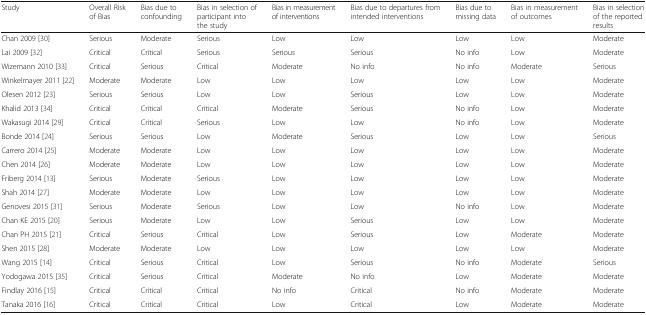
| Study | Overall Risk of Bias | Bias due to confounding | Bias in selection of participant into the study | Bias in measurement of interventions | Bias due to departures from intended interventions | Bias due to missing data | Bias in measurement of outcomes | Bias in selection of the reported results |
 | --- | --- | --- | --- | --- | --- | --- | --- | --- |
 | Chan 2009 [30] | Serious | Moderate | Serious | Low | Low | Low | Low | Moderate |
 | Lai 2009 [32] | Critical | Critical | Serious | Serious | Serious | No info | Low | Moderate |
 | Wizemann 2010 [33] | Critical | Serious | Critical | Moderate | No info | No info | Moderate | Serious |
 | Winkelmayer 2011 [22] | Moderate | Moderate | Low | Low | Low | Low | Low | Moderate |
 | Olesen 2012 [23] | Serious | Serious | Low | Low | Serious | Low | Low | Moderate |
 | Khalid 2013 [34] | Critical | Critical | Critical | Moderate | Serious | No info | Low | Moderate |
 | Wakasugi 2014 [29] | Critical | Critical | Serious | Low | Low | No info | Low | Moderate |
 | Bonde 2014 [24] | Serious | Serious | Low | Moderate | Serious | Low | Low | Serious |
 | Carrero 2014 [25] | Moderate | Moderate | Low | Low | Low | Low | Low | Moderate |
 | Chen 2014 [26] | Moderate | Moderate | Low | Low | Low | Low | Low | Moderate |
 | Friberg 2014 [13] | Serious | Moderate | Serious | Low | Low | Low | Low | Moderate |
 | Shah 2014 [27] | Moderate | Moderate | Low | Low | Low | Low | Low | Moderate |
 | Genovesi 2015 [31] | Serious | Moderate | Serious | Low | Low | No info | Low | Moderate |
 | Chan KE 2015 [20] | Serious | Moderate | Low | Low | Serious | Low | Low | Moderate |
 | Chan PH 2015 [21] | Critical | Serious | Critical | Low | Serious | Low | Moderate | Moderate |
 | Shen 2015 [28] | Moderate | Moderate | Low | Low | Low | Low | Low | Moderate |
 | Wang 2015 [14] | Critical | Serious | Critical | Low | Serious | No info | Moderate | Serious |
 | Yodogawa 2015 [35] | Critical | Serious | Critical | Moderate | No info | Low | Moderate | Moderate |
 | Findlay 2016 [15] | Critical | Critical | Critical | No info | Critical | No info | Moderate | Moderate |
 | Tanaka 2016 [16] | Critical | Critical | Critical | Low | Critical | Low | Moderate | Moderate |